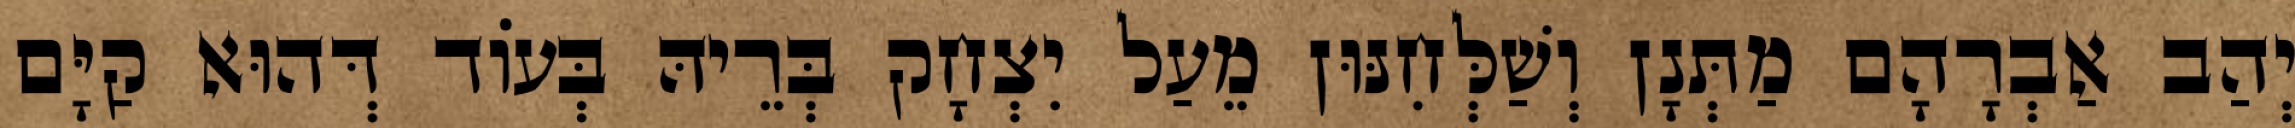
יְהַב אַבְרָהָם מַתְּנָן וְשַׁלְּחִנּוּן מֵעַל יִצְחָק בְּרֵיהּ בְּעוֹד דְּהוּא קַיָּם